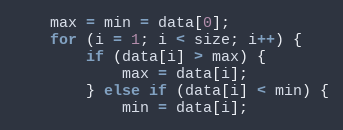
Language: C
    max = min = data[0];
    for (i = 1; i < size; i++) {
        if (data[i] > max) {
            max = data[i];
        } else if (data[i] < min) {
            min = data[i];